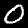
Digit: 0